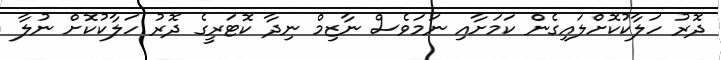
ދޮރު ހަލާކުކޮށްލައިގެން ކަމަށާއި ނަމަވެސް ނާޒިމް ނިދާ ކޮޓަރީގެ ދޮރު ހަލާކުކޮށް ނުލާ